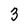
Character: 3